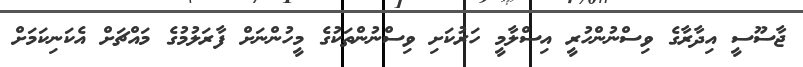
ޖާސޫސީ އިދާރާގެ ވިސްނުންހުރީ އިސްލާމީ ހަރުކަށި ވިސްނުންތަކުގެ މީހުންނަށް ފާރަލުމުގެ މައްޗަށް އެކަނިކަމަށް